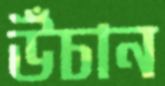
উঁচান